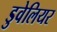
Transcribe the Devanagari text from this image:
डुवेलियर